Vaccine operations Central Provinces & Berar 1912-1920 - 1912-1920
Year: 1912
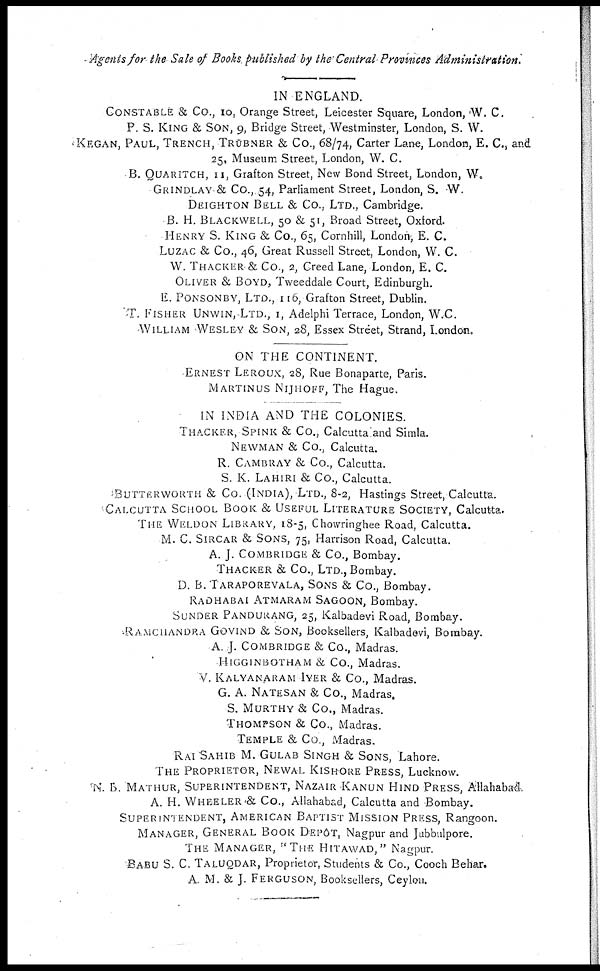
Agents for the Sale of Books published by the Central Provinces Administration.
IN ENGLAND.
CONSTABLE & Co., 10, Orange Street, Leicester Square, London, W. C.
P. S. KING & SON, 9, Bridge Street, Westminster, London, S. W.
KEGAN, PAUL, TRENCH, TRÜBNER & Co., 68/74, Carter Lane, London, E. C., and
25, Museum Street, London, W. C.
B. QUARITCH, 11, Grafton Street, New Bond Street, London, W.
GRINDLAY & Co., 54, Parliament Street, London, S. W.
DEIGHTON BELL & Co., LTD., Cambridge.
B. H. BLACKWELL, 50 & 51, Broad Street, Oxford.
HENRY S. KING & Co., 65, Cornhill, London, E. C.
LUZAC & Co., 46, Great Russell Street, London, W. C.
W. THACKER & Co., 2, Creed Lane, London, E. C.
OLIVER & BOYD, Tweeddale Court, Edinburgh.
E. PONSONBY, LTD., 116, Grafton Street, Dublin.
T. FISHER UNWIN, LTD., 1, Adelphi Terrace, London, W.C.
WILLIAM WESLEY & SON, 28, Essex Street, Strand, London.
ON THE CONTINENT.
ERNEST LEROUX, 28, Rue Bonaparte, Paris.
MARTINUS NIJHOFF, The Hague.
IN INDIA AND THE COLONIES.
THACKER, SPINK & Co., Calcutta and Simla.
NEWMAN & Co., Calcutta.
R. CAMBRAY & Co., Calcutta.
S. K. LAHIRI & Co., Calcutta.
BUTTERWORTH & Co. (INDIA), LTD., 8-2, Hastings Street, Calcutta.
CALCUTTA SCHOOL BOOK & USEFUL LITERATURE SOCIETY, Calcutta.
THE WELDON LIBRARY, 18-5, Chowringhee Road, Calcutta.
M. C. SIRCAR & SONS, 75, Harrison Road, Calcutta.
A. J. COMBRIDGE & Co., Bombay.
THACKER & Co., LTD., Bombay.
D. B.TARAPOREVALA, SONS & Co., Bombay.
RADHABAI ATMARAM SAGOON, Bombay.
SUNDER PANDURANG, 25, Kalbadevi Road, Bombay.
RAMCHANDRA GOVIND & SON, Booksellers, Kalbadevi, Bombay.
A. J. COMBRIDGE & Co., Madras.
HIGGINBOTHAM & Co., Madras.
V. KALYANARAM IYER & Co., Madras.
G. A. NATESAN & Co., Madras.
S. MURTHY & Co., Madras.
THOMPSON & Co., Madras.
TEMPLE & Co., Madras.
RAI SAHIB M. GULAB SINGH & SONS, Lahore.
THE PROPRIETOR, NEWAL KISHORE PRESS, Lucknow.
N. B. MATHUR, SUPERINTENDENT, NAZAIR-KANUN HIND PRESS, Allahabad.
A. H. WHEELER & Co., Allahabad, Calcutta and Bombay.
SUPERINTENDENT, AMERICAN BAPTIST MISSION PRESS, Rangoon.
MANAGER, GENERAL BOOK DEPÔT, Nagpur and Jubbulpore.
THE MANAGER, "THE HITAWAD, " Nagpur.
BABU S. C. TALUQDAR, Proprietor, Students & Co., Cooch Behar.
A. M. & J. FERGUSON, Booksellers, Ceylon.